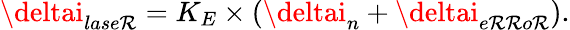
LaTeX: \deltai_{lase\mathcal{R}}=K_{E}\times(\deltai_{n}+\deltai_{e\mathcal{R}\mathcal{R}o\mathcal{R}}).